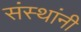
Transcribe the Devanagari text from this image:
संस्‍थांनी